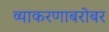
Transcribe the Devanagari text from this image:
व्याकरणाबरोबर